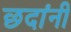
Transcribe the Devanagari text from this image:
छदांनी